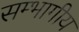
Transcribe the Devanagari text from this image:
सम्भागीय